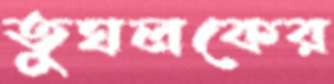
তুঘলকের